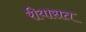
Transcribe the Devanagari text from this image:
रीयासत